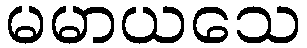
မမာယသေ